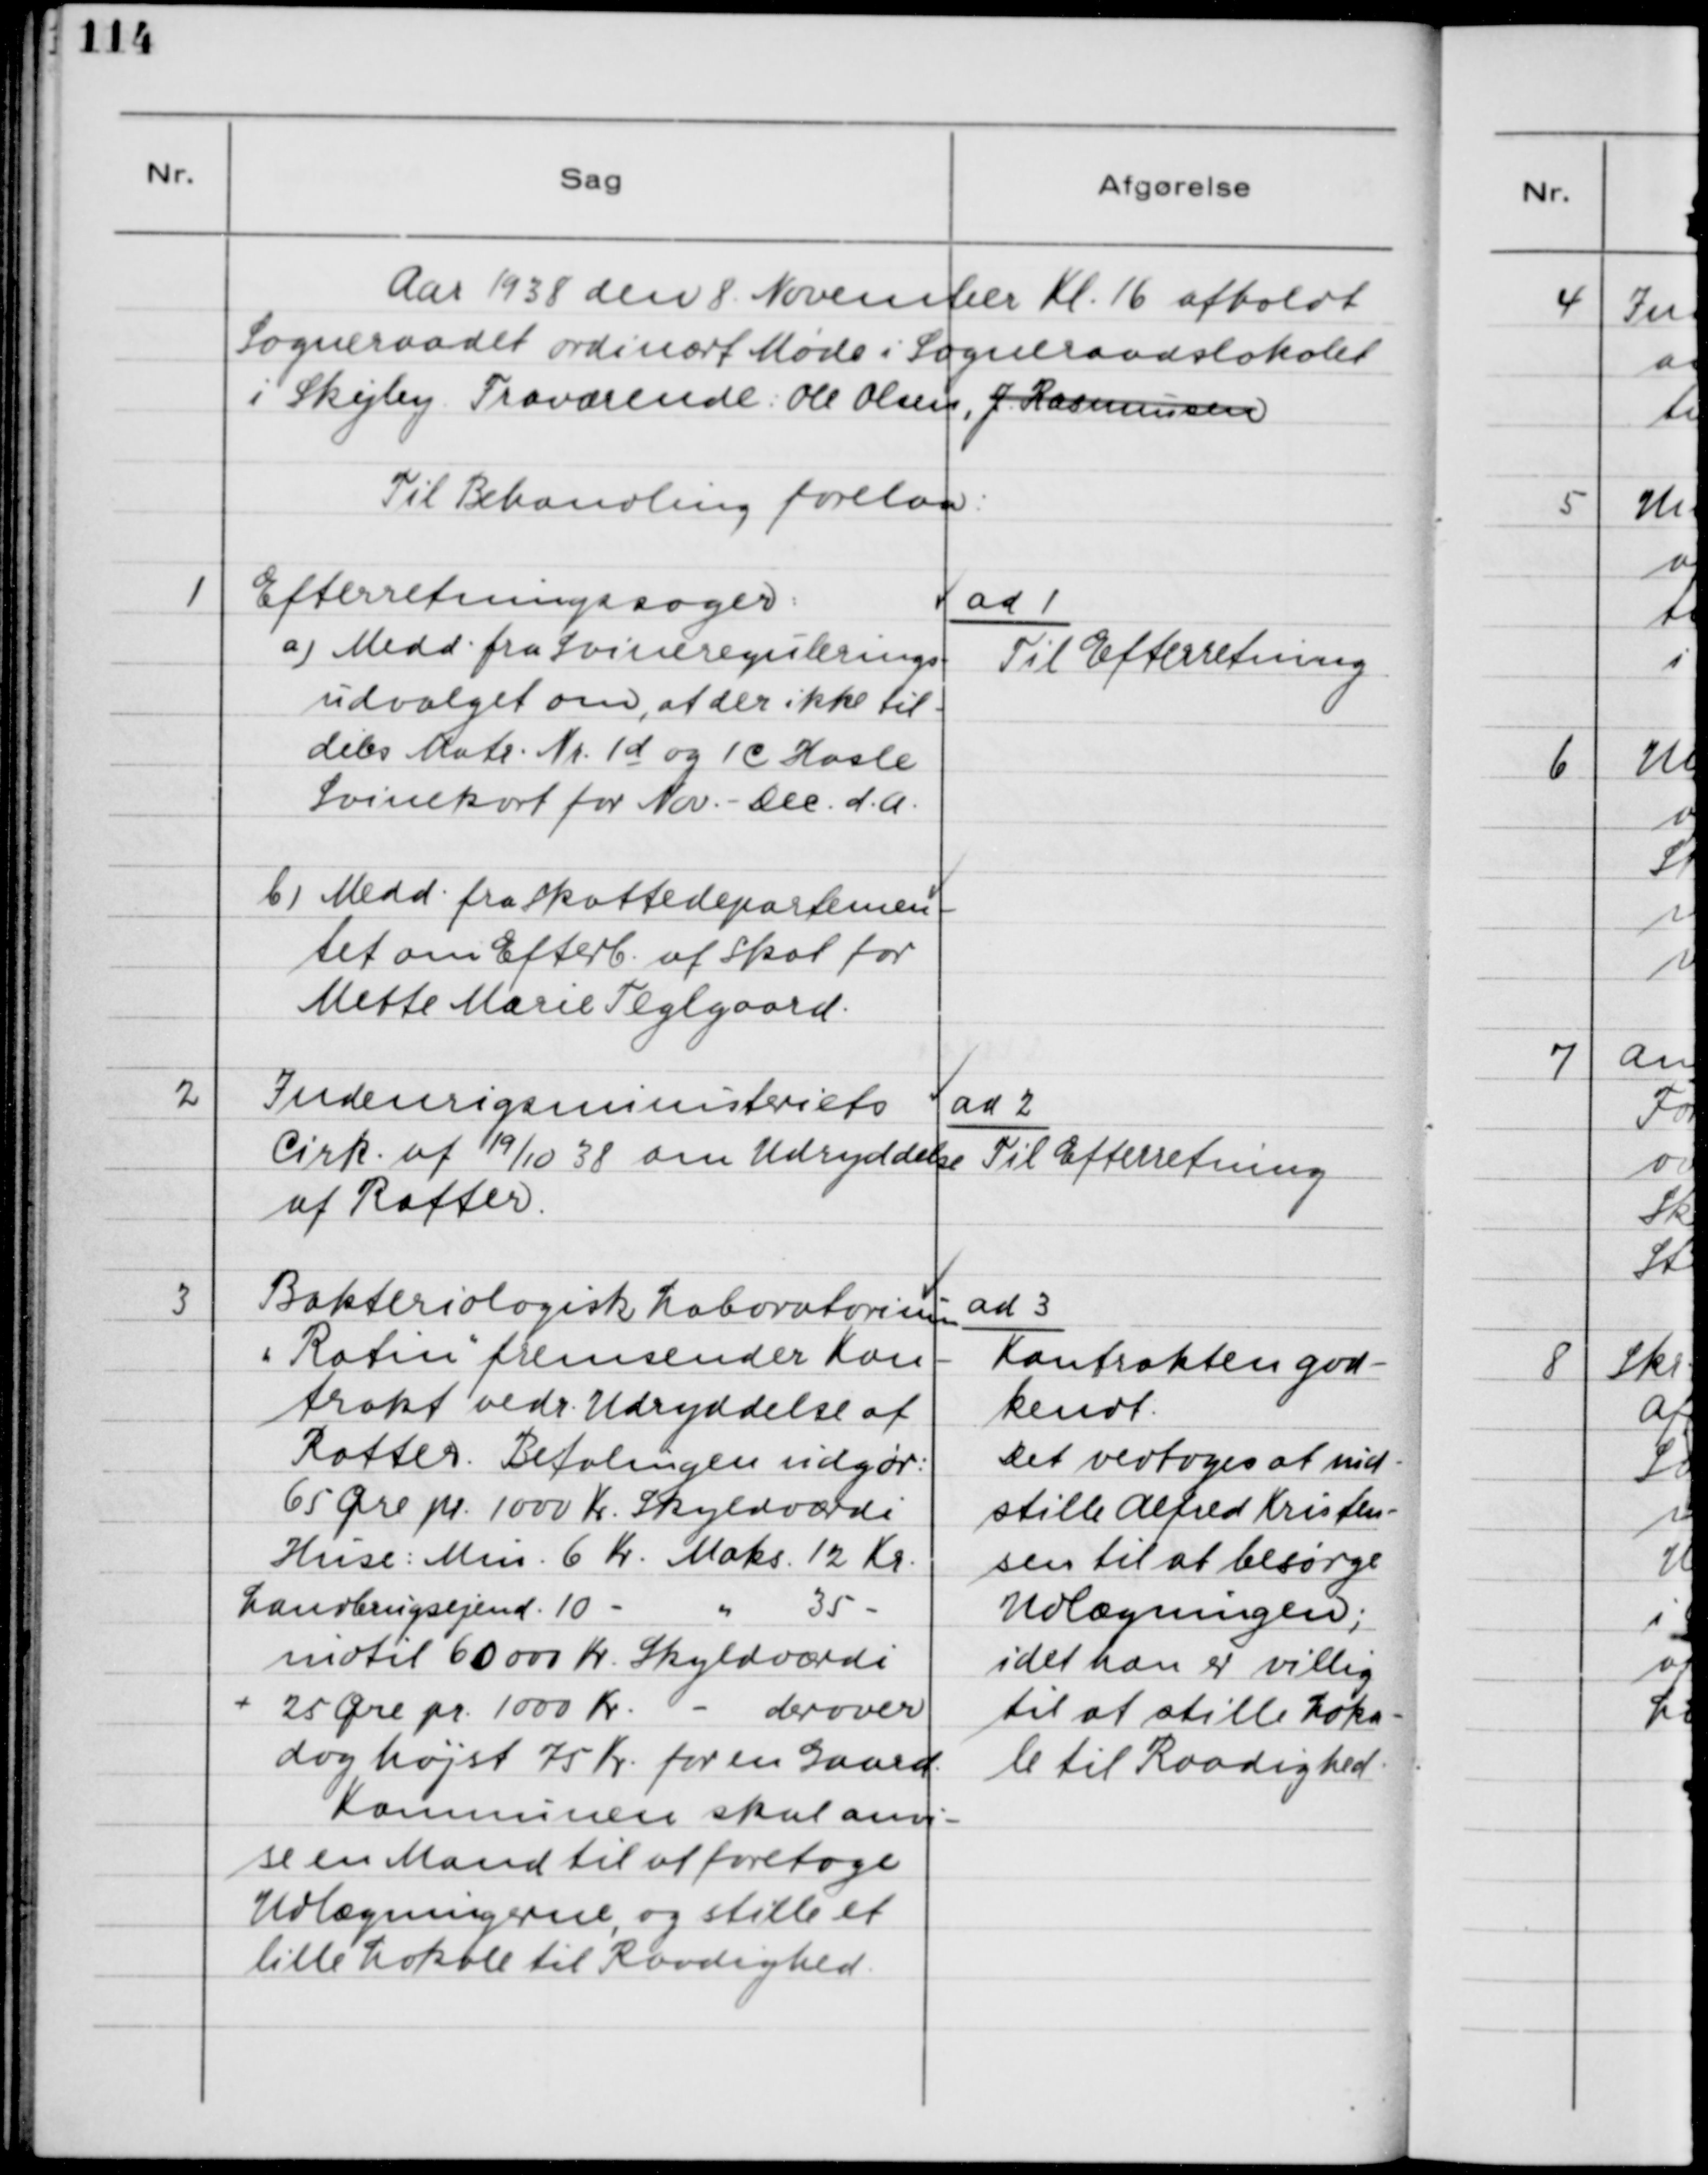
Transskription:
Aar 1938 den 8. November Kl. 16 afholdt
Sogneraadet ordinært Møde i Sogneraadslokalet
i Skejby. Fraværende: Ole Olsen, J. Rasmussen
Til Behandling forelaa:

1. Efterretningssager.
a) Medd. fra Svineregulerings-
udvalget om, at der ikke til-
deles Matr. Nr. 1 d og 1 C Hasle
Svinekort for Nov. - Dec. d.A.
b) Medd. fra Skattedepartemen-
tet om Efterb. af Skat for
Mette Marie Teglgaard.

ad 1.
Til Efterretning.

2. Indenrigsministeriets
Cirk. af 19/10 38 om Udryddelse
af Rotter.

ad 2.
Til Efterretning

3. Bakteriologisk Laboratorium
"Rotin" fremsender Kon-
trakt vedr. Udryddelse af
Rotter. Betalingen udgør
65 Øre Pr. 1000 Kr. Skyldværdi
Huse: Min. 6 Kr. Maks. 12 Kr.
Landbrugsejend. 10 - " 35 -
indtil 60000 Kr. Skyldværdi
+ 25 Øre pr. 1000 Kr. - derover
dog højst 75 Kr. for en Gaard.
Kommunen skal anvi-
se en Mand til at foretage
Udlægningerne, og stille et
lille Lokale til Raadighed.

ad 3.
Kontrakten god-
kendt.
Det vedtoges at ind-
stille Alfred Kristen-
sen til at besørge
Udlægningen;
idet han er villig
til at stille Loka-
le til Raadighed.